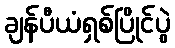
ချန်ပီယံရှစ်ပြိုင်ပွဲ